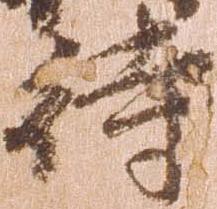
待